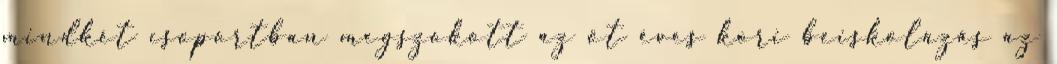
mindkét csoportban megszokott az öt éves kori beiskolázás az